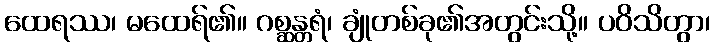
ထေရဿ၊ မထေရ်၏။ ဂစ္ဆန္တရံ၊ ချုံတစ်ခု၏အတွင်းသို့။ ပဝိသိတွာ၊